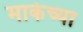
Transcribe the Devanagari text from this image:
मार्केच्या